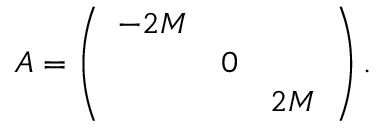
A = \left( \begin{array} { c c c } { { - 2 M } } & { { } } & { { } } \\ { { } } & { { 0 } } & { { } } \\ { { } } & { { } } & { { 2 M } } \end{array} \right) .